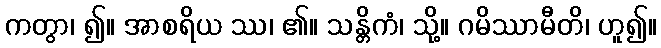
ကတွာ၊ ၍။ အာစရိယ ဿ၊ ၏။ သန္တိကံ၊ သို့။ ဂမိဿာမီတိ၊ ဟူ၍။